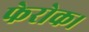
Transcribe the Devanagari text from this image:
फेरोक।